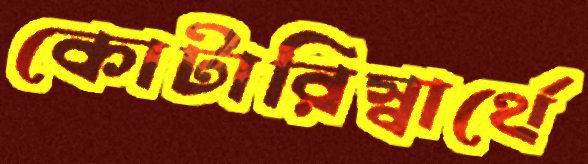
কোটারিস্বার্থে